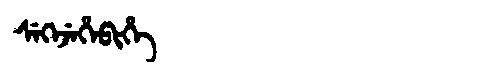
Manchu: ᠰᡝᡴᡝᠵᡝᡥᡝᠪᡳᡥᡝ
Romanization: SEKEJEHEBIHE